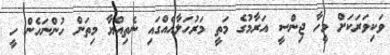
ވަކިވަރަކަށް މީހާ ޖިންސީ އަރާމުގެ މަތީ މަރުހަލާއެއްގައި ނެތިއްޔާ މިތަން ހުންނަހެން ހީ